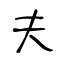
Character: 夫